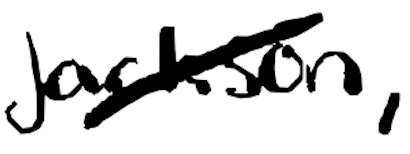
Text: Jackson,
Cross-out: diagonal
Writing tool: digital_black